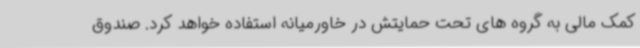
کمک مالی به گروه های تحت حمایتش در خاورمیانه استفاده خواهد کرد. صندوق